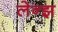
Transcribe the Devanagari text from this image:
लेन्झ